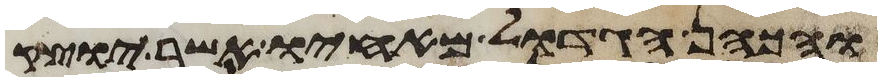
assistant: והכהן הגדול מאחיו אשר יוצק